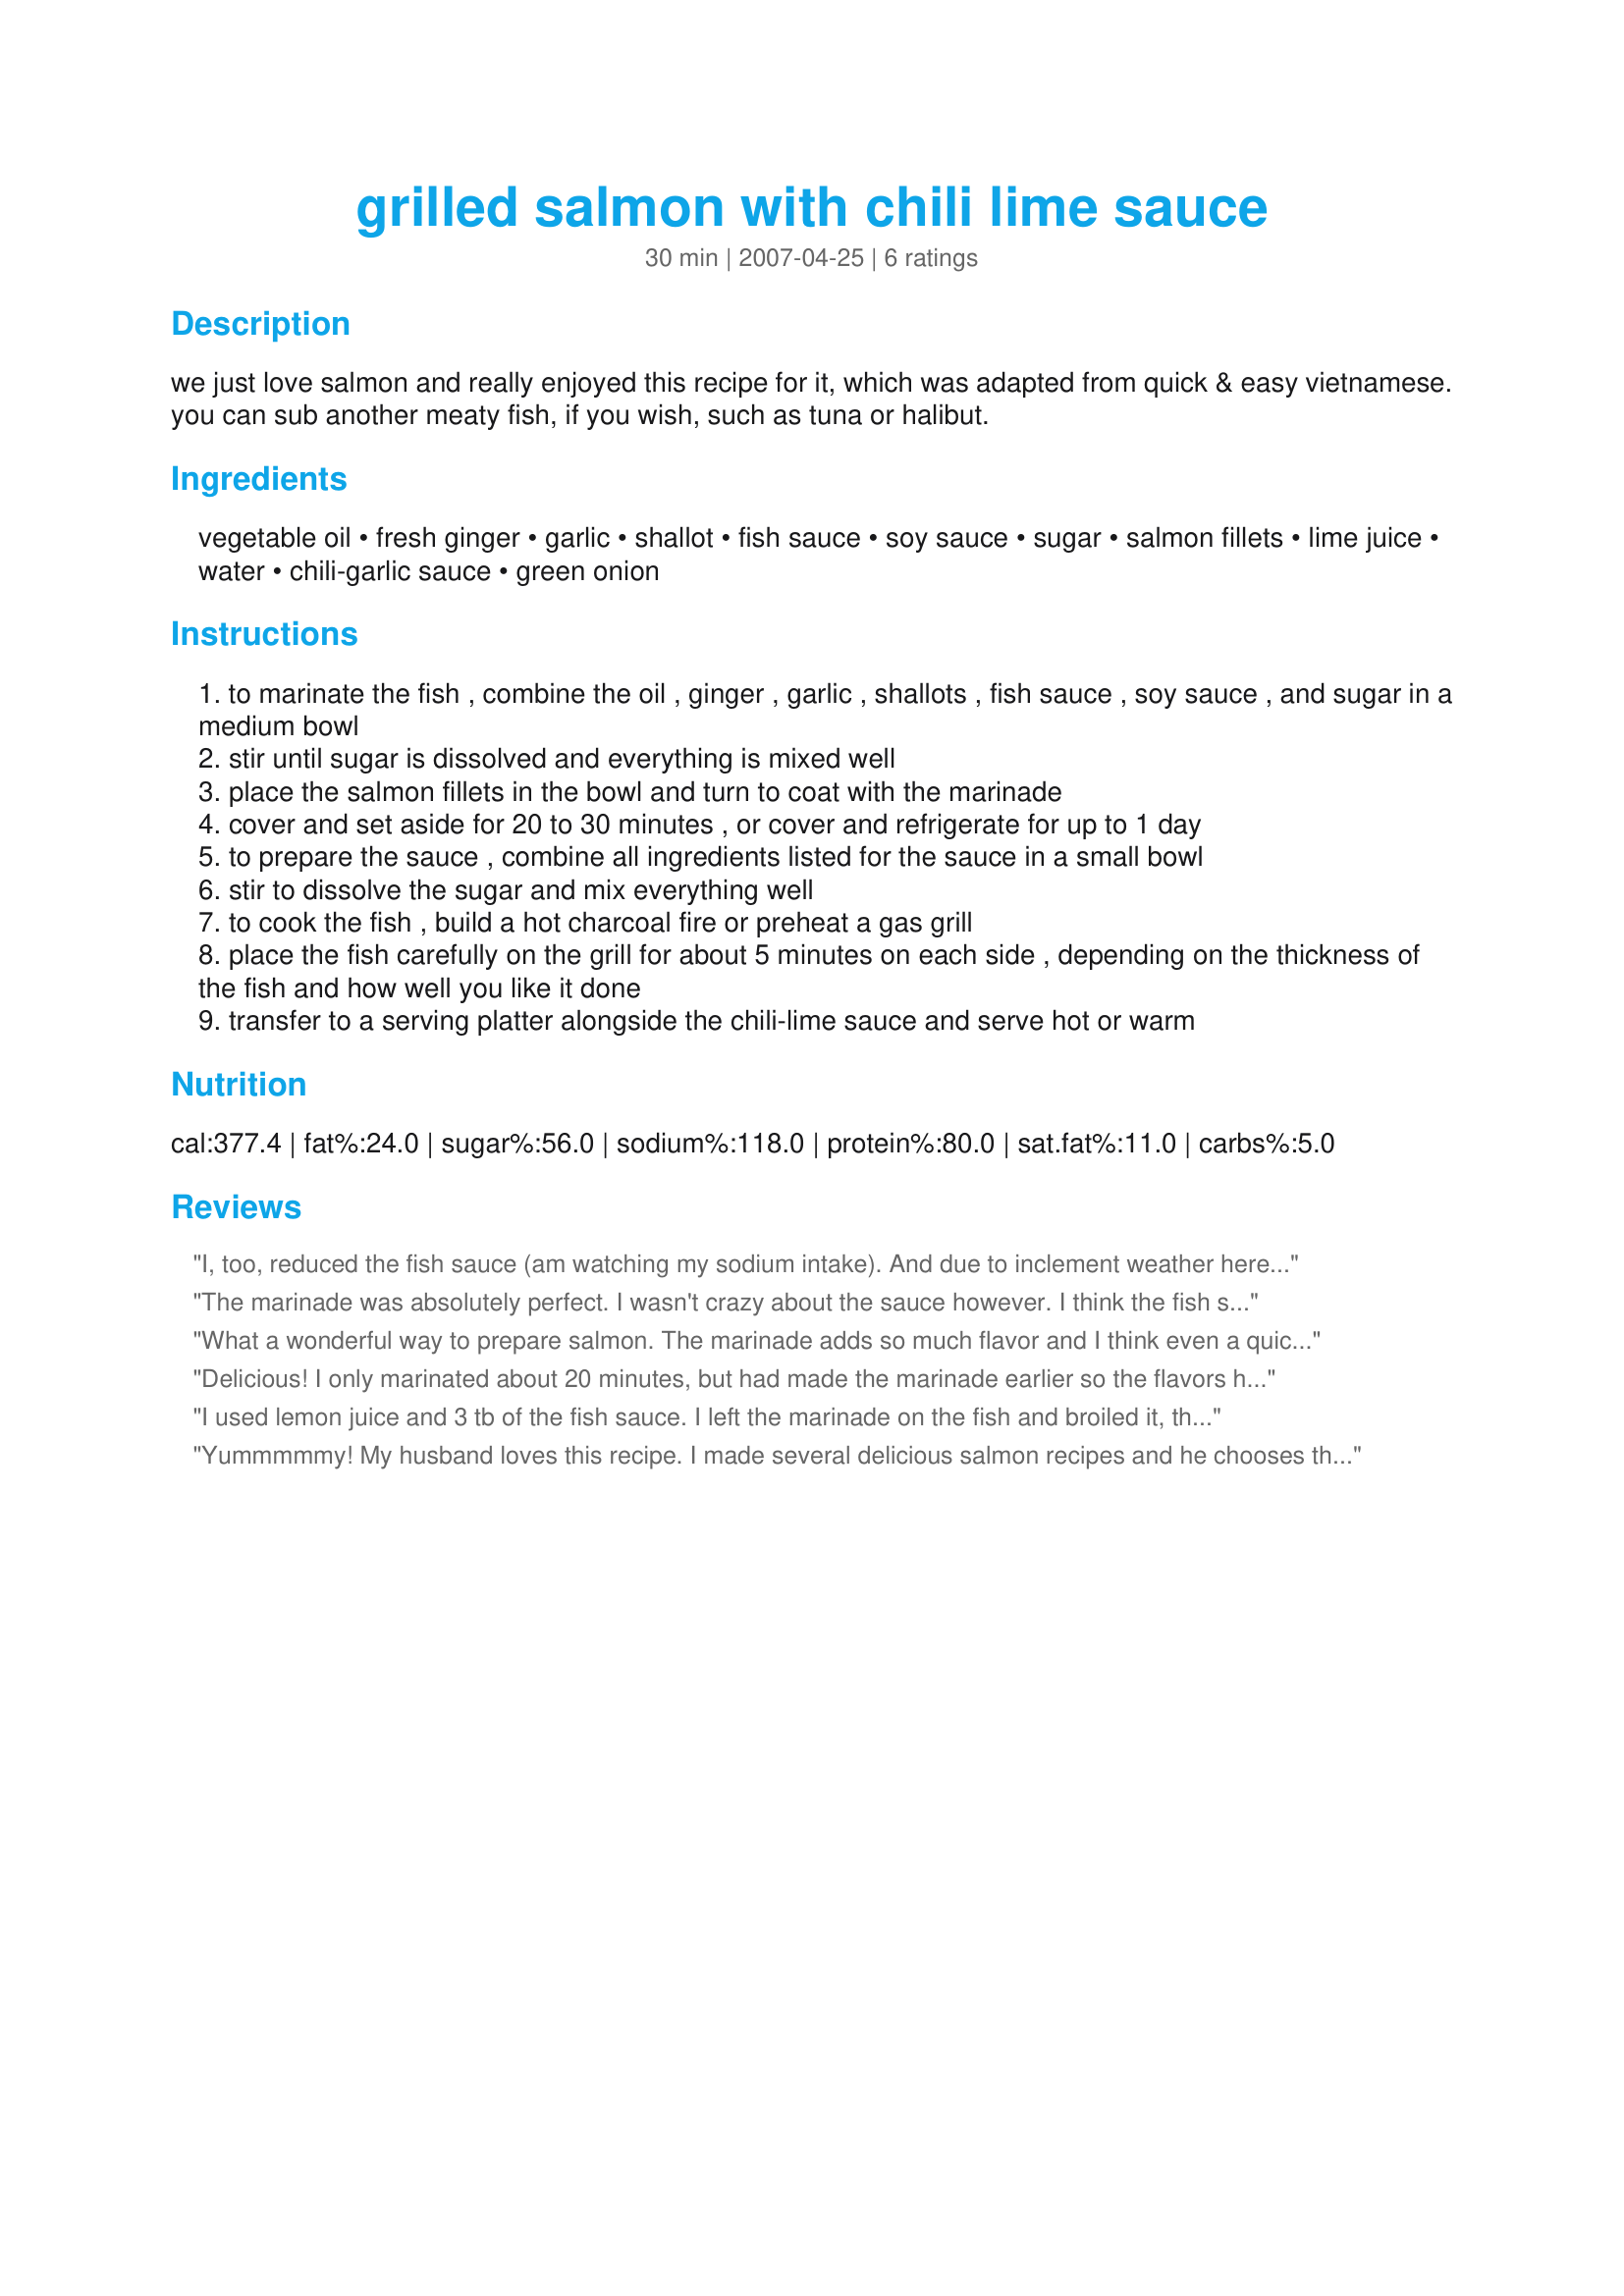
grilled salmon with chili lime sauce
Preparation time: 30 minutes

we just love salmon and really enjoyed this recipe for it, which was adapted from quick & easy vietnamese. you can sub another meaty fish, if you wish, such as tuna or halibut.

Ingredients:
vegetable oil, fresh ginger, garlic, shallot, fish sauce, soy sauce, sugar, salmon fillets, lime juice, water, chili-garlic sauce, green onion

Steps:
to marinate the fish , combine the oil , ginger , garlic , shallots , fish sauce , soy sauce , and sugar in a medium bowl
stir until sugar is dissolved and everything is mixed well
place the salmon fillets in the bowl and turn to coat with the marinade
cover and set aside for 20 to 30 minutes , or cover and refrigerate for up to 1 day
to prepare the sauce , combine all ingredients listed for the sauce in a small bowl
stir to dissolve the sugar and mix everything well
to cook the fish , build a hot charcoal fire or preheat a gas grill
place the fish carefully on the grill for about 5 minutes on each side , depending on the thickness of the fish and how well you like it done
transfer to a serving platter alongside the chili-lime sauce and serve hot or warm

Reviews:
I, too, reduced the fish sauce (am watching my sodium intake). And due to inclement weather here in the Great Northwest, I cooked the marinated salmon on a shallow-rimmed, thick cedar plank meant for the kitchen oven (as opposed to the thin-type of cedar plank meant to burn/smoke over an outdoor fire or grill). It was wonderful! I really enjoyed the unique flavor of this dish, and a I can't wait to prepare salmon this way on my charcoal Webber grill for family and friends. Thank you for sharing this outstanding recipe, GaylaJ!
The marinade was absolutely perfect. I wasn't crazy about the sauce however. I think the fish sauce came through a little too strong. Next time I'll try cutting it back by half in the sauce.
What a wonderful way to prepare salmon. The marinade adds so much flavor and I think even a quick marinating time would be fine. I marinated for about 24 hours and the flavors were very good. The sauce is a nice compliment to the fish--the fish sauce I used was very salty so I might use a tablespoon less next time. Thanks, Gayla.
Delicious! I only marinated about 20 minutes, but had made the marinade earlier so the flavors had a chance to develop. I just poured the sauce over the finished fish before serving.
I used lemon juice and 3 tb of the fish sauce. I left the marinade on the fish and broiled it, then drizzled the sauce over it. It was great. Will definitely do this again.
Yummmmmy! My husband loves this recipe. I made several delicious salmon recipes and he chooses this as his favorite. For the sauce, I might suggest reducing the fish sauce by a bit. Thanks for a great recipe!
